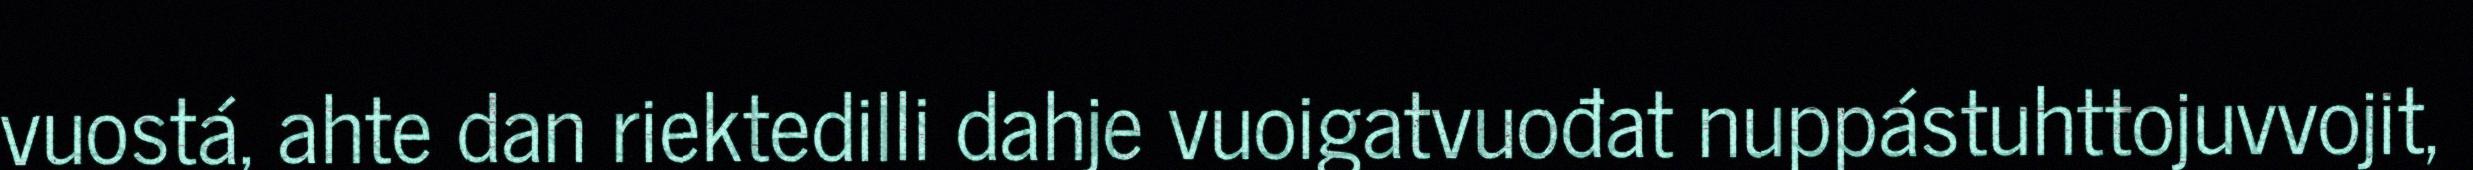
vuostá, ahte dan riektedilli dahje vuoigatvuođat nuppástuhttojuvvojit,